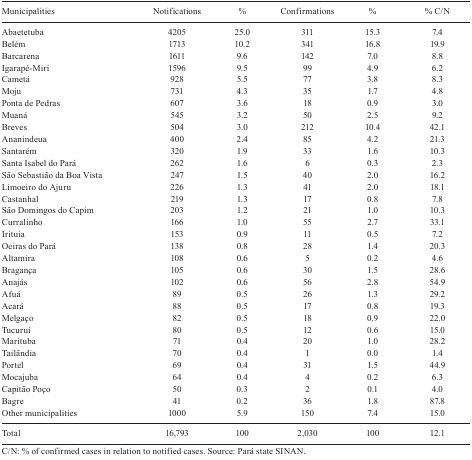
<table><thead><tr><td><b>Municipalities</b></td><td><b>Notifications</b></td><td><b>%</b></td><td><b>Confirmations</b></td><td><b>%</b></td><td><b>% C/N</b></td></tr></thead><tbody><tr><td>Abaetetuba</td><td>4205</td><td>25.0</td><td>311</td><td>15.3</td><td>7. 4</td></tr><tr><td>Belém</td><td>171 3</td><td>10.2</td><td>3 41</td><td>16 . 8</td><td>19.9</td></tr><tr><td>Barcarena</td><td>1611</td><td>9.6</td><td>14 2</td><td>7. 0</td><td>8.8</td></tr><tr><td>Igarapé-Miri</td><td>1596</td><td>9.5</td><td>99</td><td>4.9</td><td>6.2</td></tr><tr><td>Cametá</td><td>928</td><td>5.5</td><td>77</td><td>3.8</td><td>8.3</td></tr><tr><td>Moju</td><td>7 31</td><td>4.3</td><td>35</td><td>1.7</td><td>4.8</td></tr><tr><td>Ponta de Pedras</td><td>607</td><td>3.6</td><td>18</td><td>0.9</td><td>3.0</td></tr><tr><td>Muaná</td><td>545</td><td>3.2</td><td>50</td><td>2.5</td><td>9.2</td></tr><tr><td>Breves</td><td>504</td><td>3.0</td><td>212</td><td>10.4</td><td>42.1</td></tr><tr><td>Ananindeua</td><td>400</td><td>2.4</td><td>85</td><td>4.2</td><td>21.3</td></tr><tr><td>Santarém</td><td>320</td><td>1.9</td><td>33</td><td>1.6</td><td>10.3</td></tr><tr><td>Santa Isabel do Pará</td><td>262</td><td>1.6</td><td>6</td><td>0.3</td><td>2.3</td></tr><tr><td>São Sebastião da Boa Vista</td><td>247</td><td>1.5</td><td>40</td><td>2.0</td><td>16.2</td></tr><tr><td>Limoeiro do Ajuru</td><td>226</td><td>1.3</td><td>41</td><td>2.0</td><td>18.1</td></tr><tr><td>Castanhal</td><td>219</td><td>1.3</td><td>17</td><td>0.8</td><td>7.8</td></tr><tr><td>São Domingos do Capim</td><td>203</td><td>1.2</td><td>21</td><td>1.0</td><td>10.3</td></tr><tr><td>Curralinho</td><td>166</td><td>1.0</td><td>55</td><td>2.7</td><td>33.1</td></tr><tr><td>Irituia</td><td>153</td><td>0.9</td><td>11</td><td>0.5</td><td>7.2</td></tr><tr><td>Oeiras do Pará</td><td>138</td><td>0.8</td><td>28</td><td>1.4</td><td>20.3</td></tr><tr><td>Altamira</td><td>108</td><td>0.6</td><td>5</td><td>0.2</td><td>4.6</td></tr><tr><td>Bragança</td><td>105</td><td>0.6</td><td>30</td><td>1.5</td><td>28.6</td></tr><tr><td>Anajás</td><td>102</td><td>0.6</td><td>56</td><td>2.8</td><td>54.9</td></tr><tr><td>Afuá</td><td>89</td><td>0.5</td><td>26</td><td>1.3</td><td>29.2</td></tr><tr><td>Acará</td><td>88</td><td>0.5</td><td>17</td><td>0.8</td><td>19.3</td></tr><tr><td>Melgaço</td><td>82</td><td>0.5</td><td>18</td><td>0.9</td><td>22.0</td></tr><tr><td>Tucuruí</td><td>80</td><td>0.5</td><td>12</td><td>0.6</td><td>15.0</td></tr><tr><td>Marituba</td><td>71</td><td>0.4</td><td>20</td><td>1.0</td><td>28.2</td></tr><tr><td>Tailândia</td><td>70</td><td>0.4</td><td>1</td><td>0.0</td><td>1.4</td></tr><tr><td>Portel</td><td>69</td><td>0.4</td><td>31</td><td>1.5</td><td>44.9</td></tr><tr><td>Mocajuba</td><td>64</td><td>0.4</td><td>4</td><td>0.2</td><td>6.3</td></tr><tr><td>Capitão Poço</td><td>50</td><td>0.3</td><td>2</td><td>0.1</td><td>4.0</td></tr><tr><td>Bagre</td><td>41</td><td>0.2</td><td>36</td><td>1.8</td><td>87.8</td></tr><tr><td>Other municipalities</td><td>1000</td><td>5.9</td><td>150</td><td>7.4</td><td>15.0</td></tr><tr><td>Total</td><td>16,793</td><td>100</td><td>2,030</td><td>100</td><td>12.1</td></tr></tbody></table>